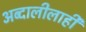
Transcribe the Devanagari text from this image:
अब्दालीलाही